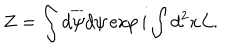
Z = \int d \overline { { { \psi } } } d \psi \exp i \int d ^ { 2 } x { \cal L } .